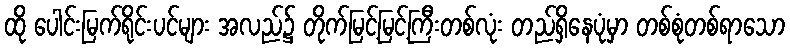
ထို ပေါင်းမြက်ရိုင်းပင်များ အလည်၌ တိုက်မြင့်မြင့်ကြီးတစ်လုံး တည်ရှိနေပုံမှာ တစ်စုံတစ်ရာသော